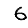
Digit: 6